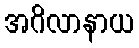
အဂိလာနာယ